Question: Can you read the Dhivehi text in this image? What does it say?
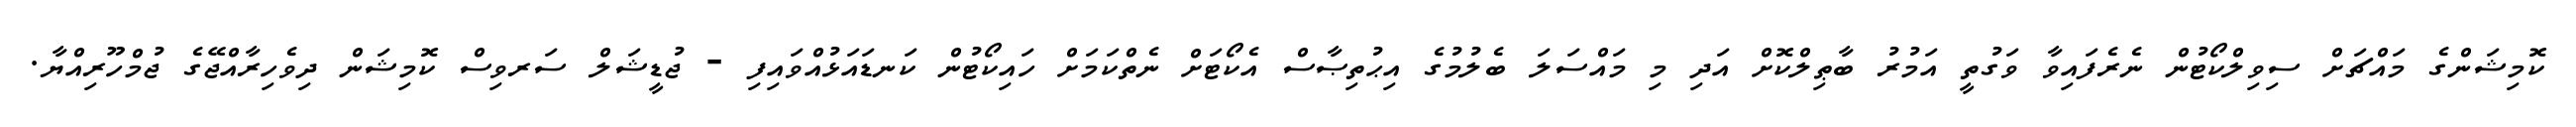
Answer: ކޮމިޝަންގެ މައްޗަށް ސިވިލްކޯޓުން ނެރެފައިވާ ވަގުތީ އަމުރު ބާޠިލްކޮށް އަދި މި މައްސަލަ ބެލުމުގެ އިޙުތިޞާސް އެކޯޓަށް ނެތްކަމަށް ހައިކޯޓުން ކަނޑައަޅުއްވައިފި - ޖުޑީޝަލް ސަރވިސް ކޮމިޝަން ދިވެހިރާއްޖޭގެ ޖުމްހޫރިއްޔާ.